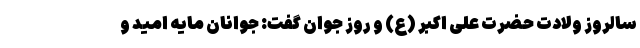
سالروز ولادت حضرت علی اکبر (ع) و روز جوان گفت: جوانان مایه امید و